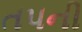
તપની